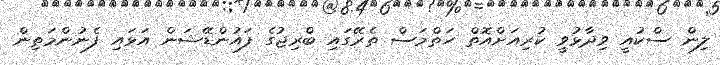
ލިން ސްކުއީ ވިދާޅުވީ ކުރިއަށްއޮތް ހަތްމަސް ތެރޭގައި ބްރިޖުގެ ފައުންޑޭޝަން އަޅައި ފެނުންމަތިން